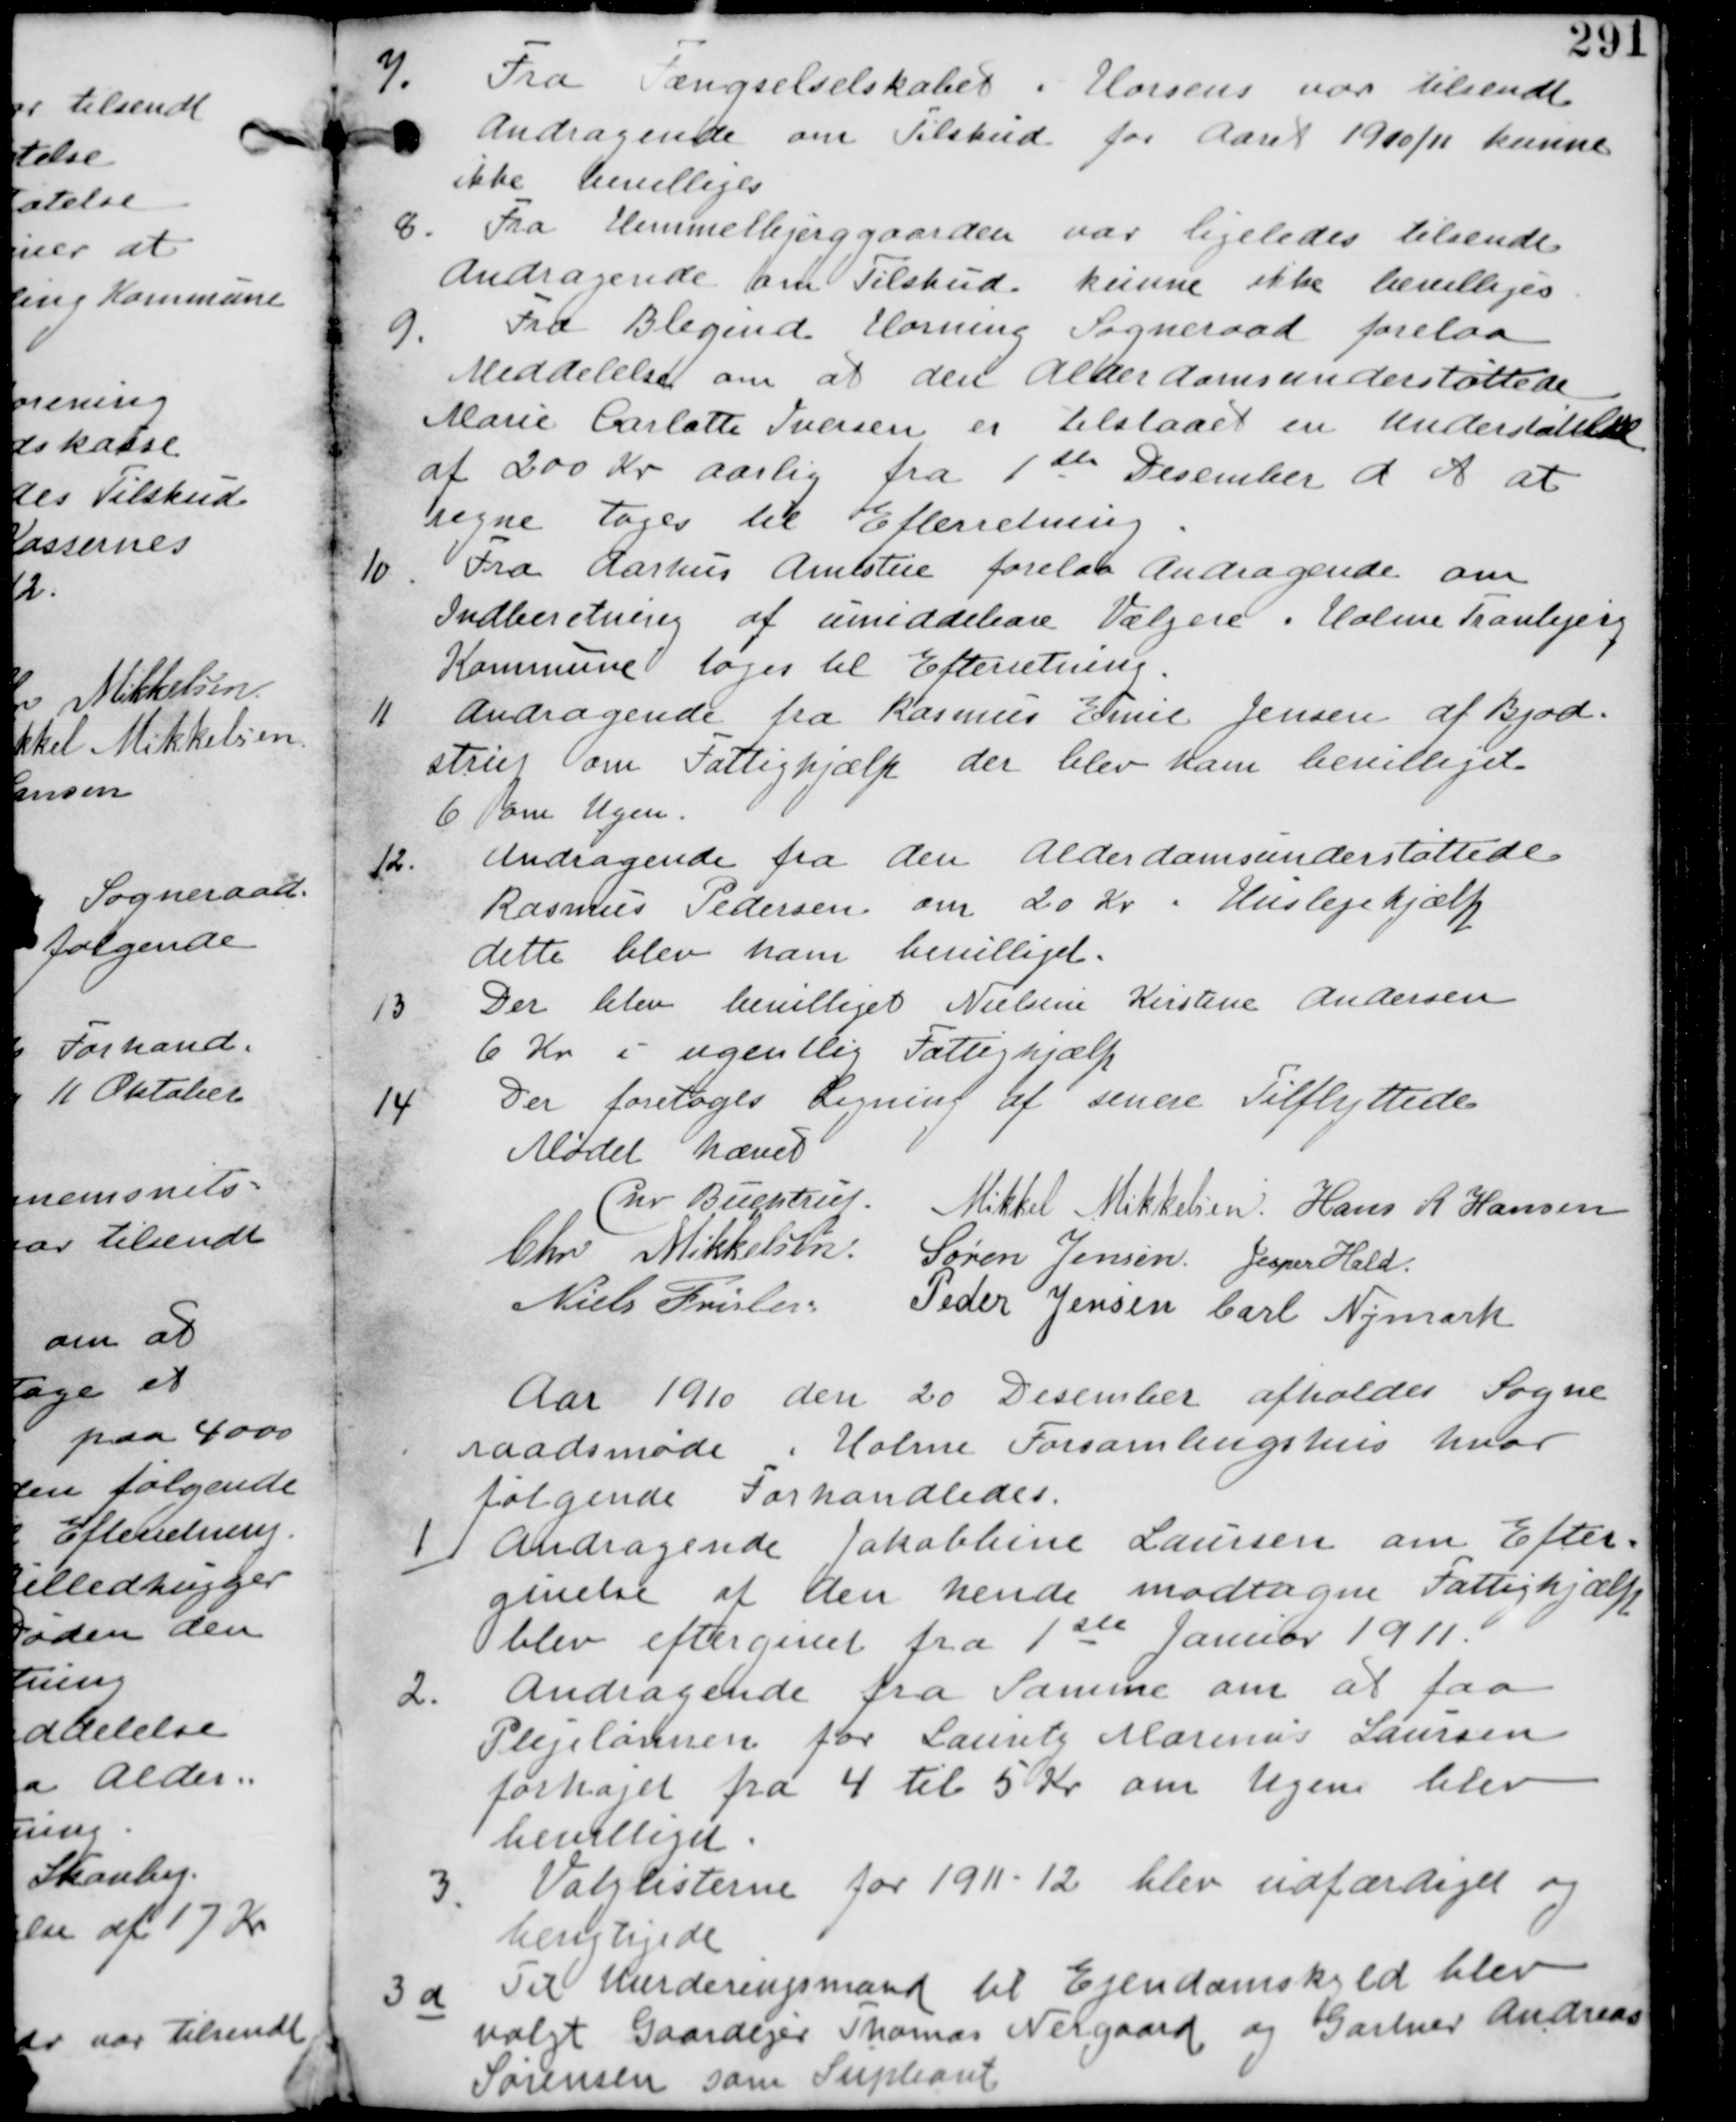
Transskription:
7.
Fra Fængselselskabet i Horsens var tilsendt
Andragende om Tilskud for Aaret 1910/11 kunne
ikke bevilliges.

8. Fra Himmelbjerggaarden var ligeledes tilsendt
Andragende om Tilskud. kunne ikke bevilliges

9.
Fra Blegind Hørning Sogneraad forelaa
Meddelelse om at den Alderdomsunderstøttede
Marie Carlotte Iversen er tilstaaet en Understøttelse
af 200 Kr Aarlig fra 1ste Desember d A at
regne tages til Efterretning

10. Fra Aarhus Amtstue forelaa Andragende om
Indberetning af umiddelbare Vælgere i Holme Tranbjerg
Kommune tages til Efterretning

11. Andragende fra Rasmus Emil Jensen af Bjød-
strup om Fattighjælp der blev ham bevilliget
6 Kr om Ugen.

12. Andragende fra den Alderdomsunderstøttede
Rasmus Pedersen om 20 Kr i Huslejehjælp
dette blev ham bevilliget.

13. Der blev bevilliget Nielsine Kirstine Andersen
6 Kr i ugentlig Fattighjæjp.

14.
Der foretages Ligning af senere Tilflyttede.

Mødet hævet
Chr Buchtrup. Mikkel Mikkelsen. Hans R Hansen
Chr Mikkelsen. Søren Jensen Jesper Hald
Niels Frislev Peder Jensen Carl Nymark.

Aar 1910 den 20 Desember afholdes Sogne
raadsmøde i Holme Forsamlingshus hvor
følgende forhandledes.

1.
Andragende Jakobbine Laursen om Efter
givelse af den hende modtagne Fattighjælp
blev eftergivet fra 1ste Januar 1911.

2. Andragende fra Samme om at faa
Plejelønnen for Lauritz Marinus Laursen
forhøjet fra 4 Kr til 5 Kr om Ugen blev
bevilliget.

3.
Valglisterne for 1911-12 blev udfærdiget og
berigtiget.

3a
Til Vurderingsmand til Ejendomskyld blev
valgt Gaardejer Thomas Nergaard og Gartner Andreas
Sørensen som Supleant